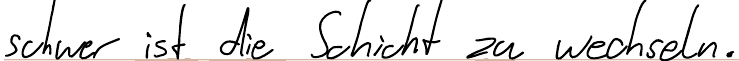
schwer ist die Schicht zu wechseln.